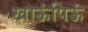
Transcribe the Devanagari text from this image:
खाऊंपिऊं